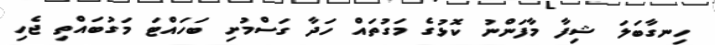
ހިނގާބަލަ ޝިފާ މާފަންނު ކޮޅުގެ މަގުތައް ހަދާ ގަސްމުށި ބަހައްޓަ މަގުބައްތި ޖެހި